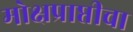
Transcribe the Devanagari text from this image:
मोक्षप्राप्तीचा